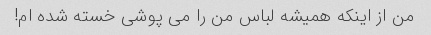
من از اینکه همیشه لباس من را می پوشی خسته شده ام!